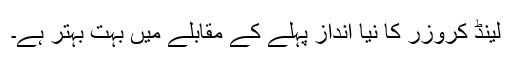
لینڈ کروزر کا نیا انداز پہلے کے مقابلے میں بہت بہتر ہے۔